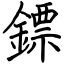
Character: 鏢